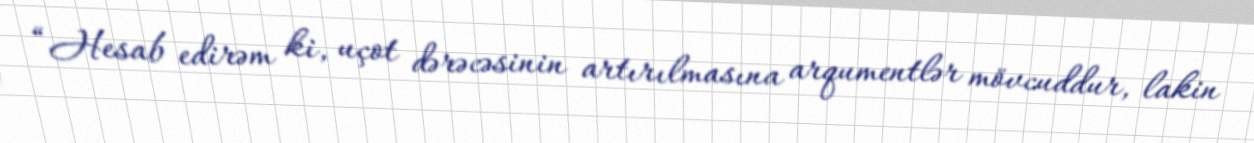
“Hesab edirəm ki, uçot dərəcəsinin artırılmasına arqumentlər mövcuddur, lakin